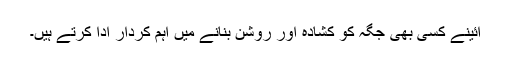
آئینے کسی بھی جگہ کو کشادہ اور روشن بنانے میں اہم کردار ادا کرتے ہیں۔